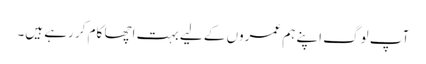
آپ لوگ اپنے ہم عمروں کے لیے بہت اچھا کام کر رہے ہیں۔